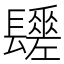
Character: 𨲻